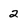
Character: 2